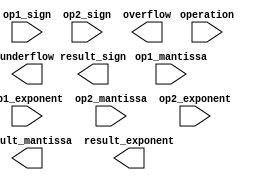
module FloatingPointUnit (
    input wire [31:0] op1_mantissa, // mantissa of operand 1
    input wire [7:0] op1_exponent, // exponent of operand 1
    input wire op1_sign, // sign of operand 1
    input wire [31:0] op2_mantissa, // mantissa of operand 2
    input wire [7:0] op2_exponent, // exponent of operand 2
    input wire op2_sign, // sign of operand 2
    input wire [1:0] operation, // 00=addition, 01=subtraction, 10=multiplication, 11=division
    output reg [31:0] result_mantissa, // result mantissa
    output reg [7:0] result_exponent, // result exponent
    output reg result_sign, // result sign
    output reg overflow, // overflow flag
    output reg underflow // underflow flag
);

always @(*) begin
    // Perform arithmetic operations based on the selected operation
    case(operation)
        2'b00: begin // addition
            // perform addition logic here
        end
        2'b01: begin // subtraction
            // perform subtraction logic here
        end
        2'b10: begin // multiplication
            // perform multiplication logic here
        end
        2'b11: begin // division
            // perform division logic here
        end
    endcase
end

endmodule